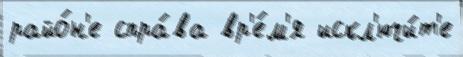
райо́н'е спра́ва вр'е́м'я искл'ючи́т'е